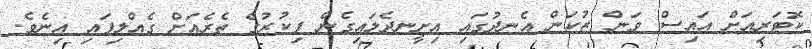
ކޮޓަރިއަށް އައިސް ވަން ޒުކަން އެނދުގައި އިށީނދެލައިގެން ފިކުރުގެ ތެރެއަށް ގެއްލިފައި އިނެވެ.